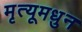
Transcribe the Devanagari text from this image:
मृत्यूमधुन